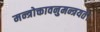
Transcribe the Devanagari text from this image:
मन्त्रोक्तावनुमन्त्रयते।